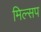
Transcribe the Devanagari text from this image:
मिल्सप